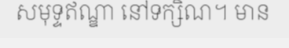
សមុទ្ទឥណ្ឌា នៅទក្សិណ។ មាន